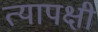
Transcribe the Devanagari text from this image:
त्यापक्षी